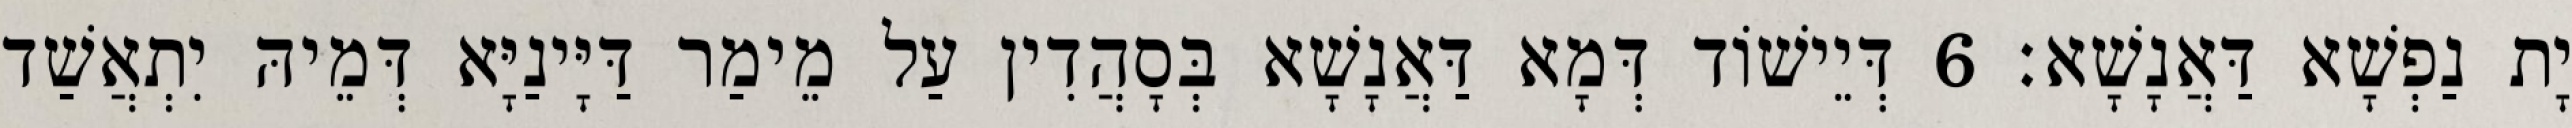
יָת נַפְשָׁא דַּאֲנָשָׁא׃ 6 דְּיֵישׁוֹד דְּמָא דַּאֲנָשָׁא בְּסָהֲדִין עַל מֵימַר דַּיָּינַיָּא דְּמֵיהּ יִתְאֲשַׁד